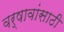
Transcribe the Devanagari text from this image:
वर्षावांसाठी